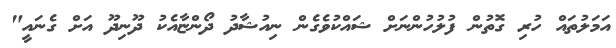
އަމަލުތައް ހުރި ގޮތުން ފުލުހުންނަށް ޝައްކުވެގެން ނިއުޝާދު ދޯންޏާއެކު ދޫނިދޫ އަށް ގެނައީ"